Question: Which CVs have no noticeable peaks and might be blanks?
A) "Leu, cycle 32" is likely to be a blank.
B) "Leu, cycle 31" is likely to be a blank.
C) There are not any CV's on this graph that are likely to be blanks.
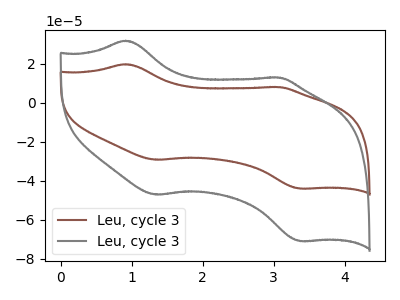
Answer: <think>The brown curve "Leu, cycle 31" has anodic peaks at (0.90V, 19.70uA) (3.05V, 8.00uA) and cathodic peaks at (1.35V, -29.20uA) (3.40V, -43.95uA). The gray curve "Leu, cycle 32" has anodic peaks at (0.90V, 31.75uA) (3.05V, 12.90uA) and cathodic peaks at (1.35V, -47.05uA) (3.40V, -70.85uA).</think>
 <answer>C) There are not any CV's on this graph that are likely to be blanks.</answer>
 <eval>C</eval>